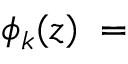
\phi _ { k } ( z ) \; = \;